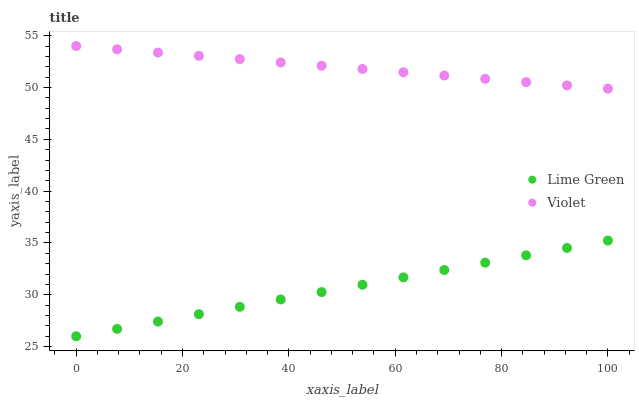
| xaxis_label | Lime Green | Violet |
 | --- | --- | --- |
 | 0 | 26 | 54 |
 | 7.69 | 26.7 | 53.7 |
 | 15.4 | 27.4 | 53.4 |
 | 23.1 | 28.1 | 53.1 |
 | 30.8 | 28.8 | 52.7 |
 | 38.5 | 29.5 | 52.4 |
 | 46.2 | 30.3 | 52.1 |
 | 53.8 | 31 | 51.8 |
 | 61.5 | 31.7 | 51.5 |
 | 69.2 | 32.4 | 51.2 |
 | 76.9 | 33.1 | 50.8 |
 | 84.6 | 33.8 | 50.5 |
 | 92.3 | 34.5 | 50.2 |
 | 100 | 35.2 | 49.9 |